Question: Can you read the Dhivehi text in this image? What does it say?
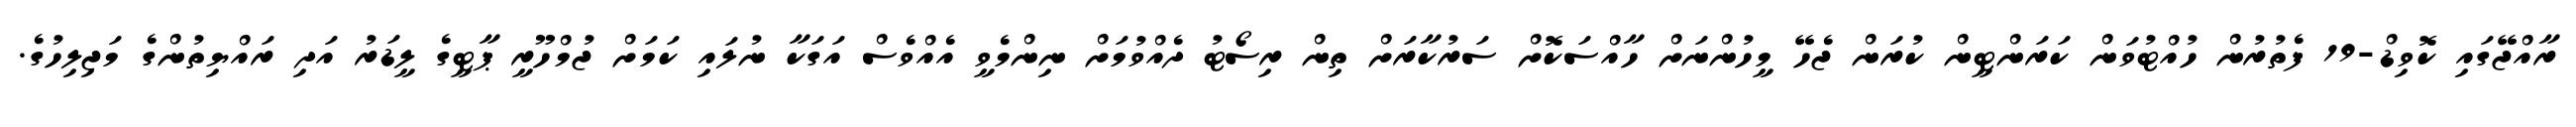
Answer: ރާއްޖޭގައި ކޮވިޑް-19 ފެތުރުން ހުއްޓުވަން ކަރަންޓީން ކުރަން ޖެހޭ މީހުންނަށް ހާއްސަކޮށް ސަރުކާރަށް ތިން ރިސޯޓު ދެއްވުމަށް ނިންމެވީ އެއްވެސް އަގަކާ ނުލައި ކަމަށް ޖުމްހޫރީ ޕާޓީގެ ލީޑަރު އަދި ރައްޔިތުންގެ މަޖިލިހުގެ.